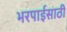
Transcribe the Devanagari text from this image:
भरपाईसाठी